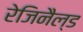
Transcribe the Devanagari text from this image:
रेजिनैल्ड